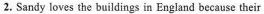
2. Sandy loves the buildings in England because their